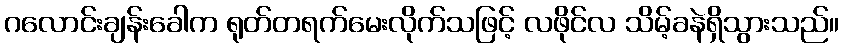
ဂလောင်းချန်းခေါက ရုတ်တရက်မေးလိုက်သဖြင့် လဖိုင်လ သိမ့်ခနဲရှိသွားသည်။